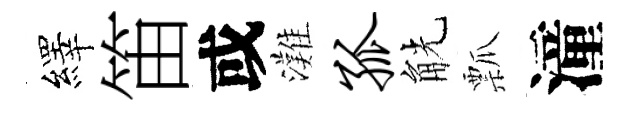
繹笛或灘孤觥瓢潼